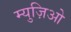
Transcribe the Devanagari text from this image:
म्युज़िओ